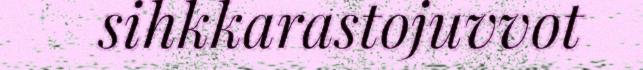
sihkkarastojuvvot